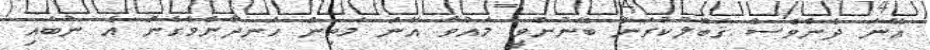
އޭނަ ދެންވެސް ޤަބޫލުކުރަން ބޭނުންވީ މައުވާ އޭނަ މަތިން ހަނދާންވެގެން އެ ނުބައި